Annual administration report of the Civil Veterinary Department of India - 1895-1896
Year: 1895
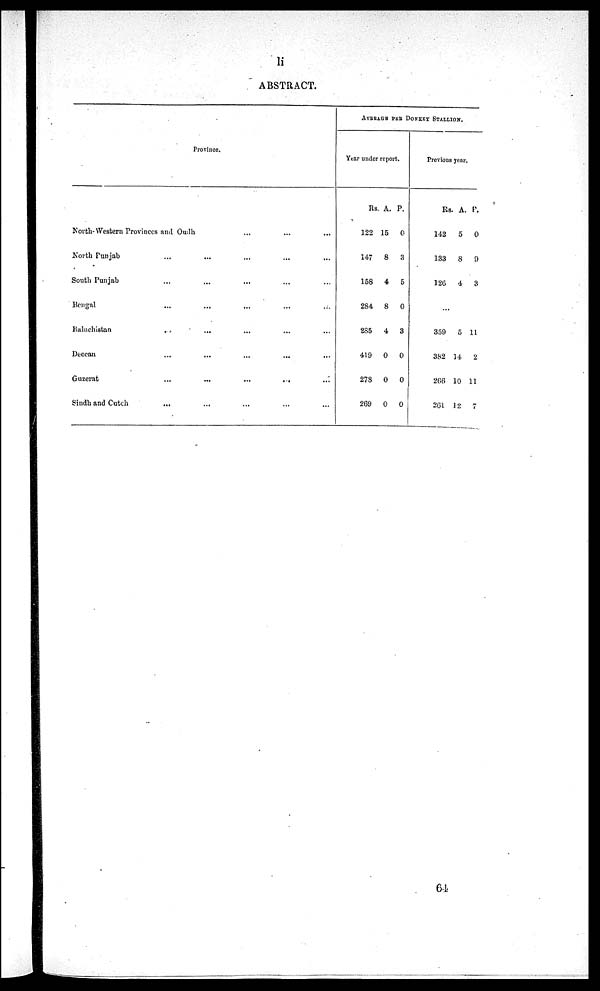
li
ABSTRACT.
Province.
North-Western Provinces and Oudh
...
...
...
North
Punjab
...
...
... ... ...
South Punjab
...
...
... ... ...
Bengal
.....
.... ... ...
Baluchistan
...
...
... ... ...
Deccan...
...
...
... ...
Guzerat
...
...
...
... ...
Sindh and Cutch...
...
...
... ...
AVERAGE PER DONKEY STALLION.
Year under report.
Rs.
12
147
158
284
285
419
278
269
A.
15
8
4
8
4
0
0
0
P.
0
3
5
0
3
0
0
0
Previous year.
Rs.
142
133
126
A.
5
8
4
P.
0
0
3
...
359
382
206
201
5
14
10
12
11
2
11
7
64